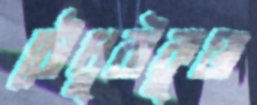
চৌধুরীকুঞ্জ